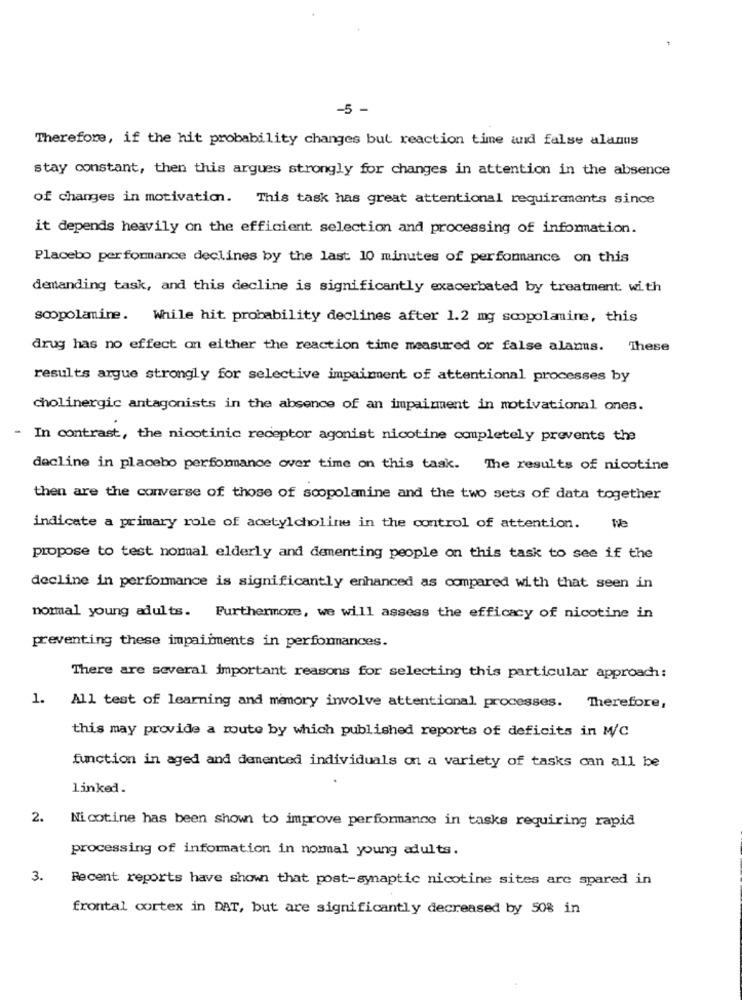
-5 -
Therefore, if the hit probability changes but reaction time and false alanus
stay constant, then this argues strongly for changes in attention in the absence
of changes in motivation. This task has great attentional requirements since
it depends heavily on the efficient selection and processing of information.
Placebo performance declines by the last 10 minutes of performance on this
demanding task, and this decline is significantly exacerbated by treatment with
scopolamine. While hit probability declines after 1.2 mg scopolamine, this
drug has no effect on either the reaction time measured or false alans. These
results argue strongly for selective impairment of attentional processes by
cholinergic antagonists in the absence of an impairment in motivational ones.
In contrast, the nicotinic receptor agonist nicotine completely prevents the
decline in placebo performance over time on this task. The results of nicotine
then are the converse of those of scopolamine and the two sets of data together
indicate a primary role of acetylcholine in the control of attention.
We
propose to test nommal elderly and dementing people on this task to see if the
decline in performance is significantly enhanced as compared with that seen in
nommal young adults. Furthermore, we will assess the efficacy of nicotine in
preventing these impairments in performances.
There are several important reasons for selecting this particular approach:
1.
All test of learning and memory involve attentional processes. Therefore,
this may provide a route by which published reports of deficits in M/C
function in aged and demented individuals on a variety of tasks can all be
linked.
2.
Nicotine has been shown to improve performance in tasks requiring rapid
processing of information in normal young adults.
3.
Recent reports have shown that post-synaptic nicotine sites are spared in
frontal cortex in DAT, but are significantly decreased by 50% in